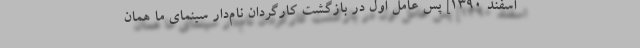
اسفند 1390] پس عامل اول در بازگشت کارگردان نام‌دار سینمای ما همان